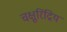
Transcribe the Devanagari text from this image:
चक्षुरिंद्रिय